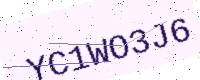
Text: YC1WO3J6